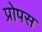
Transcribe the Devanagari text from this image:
प्रोपस